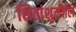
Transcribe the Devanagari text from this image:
शितांशुमौलि